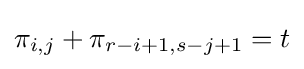
\pi _{i,j}+\pi _{r-i+1,s-j+1}=t